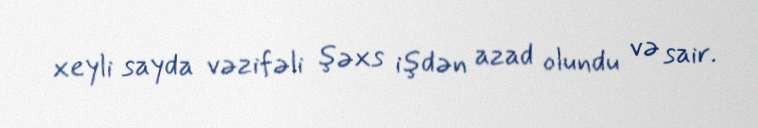
xeyli sayda vəzifəli şəxs işdən azad olundu və sair.